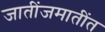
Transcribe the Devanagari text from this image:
जातींजमातींत